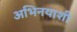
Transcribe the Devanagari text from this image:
अभिनयाशी